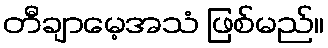
တီချာမေ့အသံ ဖြစ်မည်။